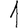
Digit: 1